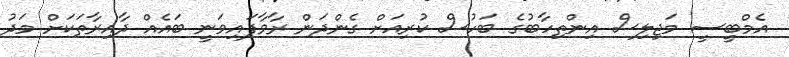
އެމްބީސީ މަޖިލިސް އިންތިހާބުގެ ބަހުސް ކުރިއަށް ގެންދަން ރާވާފައިވަނީ ބައެއް ދާއިރާތަކަށް މަދު